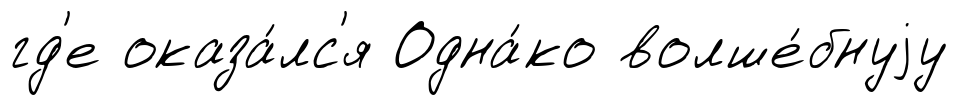
гд'е оказа́лс'я Одна́ко волше́бнуjу